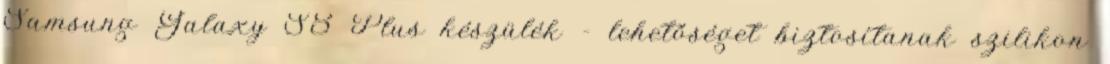
Samsung Galaxy S8 Plus készülék - lehetőséget biztosítanak szilikon